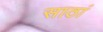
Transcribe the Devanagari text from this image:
साठां